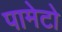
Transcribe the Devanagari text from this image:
पामेटो